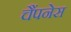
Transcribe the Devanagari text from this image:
चैंपनेस